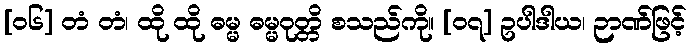
[၀၆] တံ တံ၊ ထို ထို ဓမ္မ ဓမ္မဝုတ္တိ စသည်ကို။ [၀၇] ဥပါဒါယ၊ ဉာဏ်ဖြင့်